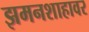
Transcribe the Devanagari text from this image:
झमनशाहावर